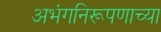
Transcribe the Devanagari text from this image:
अभंगनिरूपणाच्या